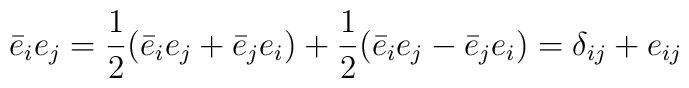
\bar{e}_i e_j =\frac{1}{2} (\bar{e}_i e_j+\bar{e}_j e_i) +\frac{1}{2}(\bar{e}_i e_j - \bar{e}_j e_i)=\delta_{ij}+e_{ij}